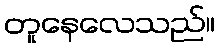
တူနေလေသည်။